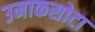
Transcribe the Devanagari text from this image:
उमाकसोटा